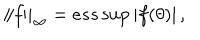
\left\| f \right\| _ { \infty } = e s s \sup \left| f ( \theta ) \right| ,